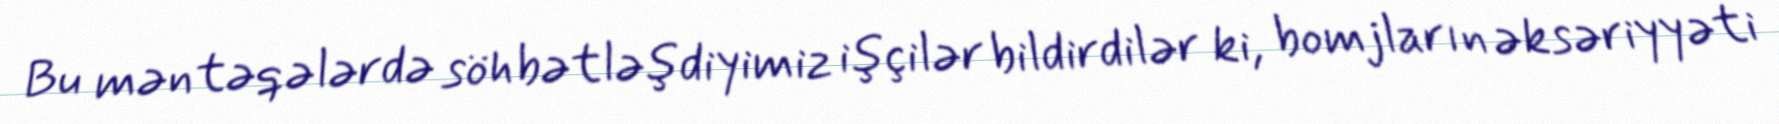
Bu məntəqələrdə söhbətləşdiyimiz işçilər bildirdilər ki, bomjların əksəriyyəti